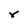
Character: r